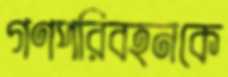
গণপরিবহনকে